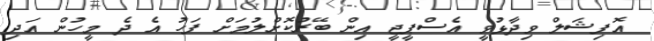
އޮފިޝަލް ވިދާޅުވީ އެސްޕީޖީ އިން ބޭރުކޮށްލުމަށް ފަހު އެ ދެ މީހުން އަދި